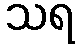
သရ